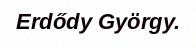
Erdődy György.